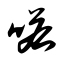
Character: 喏